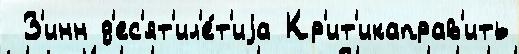
 З'инн д'ес'ят'ил'е́т'иjа Кр'ит'икаправ'ить